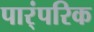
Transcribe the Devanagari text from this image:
पार्ंपरिक